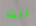
انت